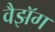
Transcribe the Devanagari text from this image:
वैझॅग